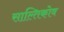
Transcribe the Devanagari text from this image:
साल्तिकोव